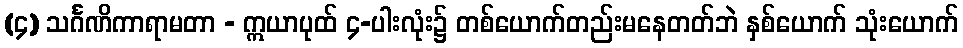
(၄) သင်္ဂဏိကာရာမတာ - ဣယာပုထ် ၄-ပါးလုံး၌ တစ်ယောက်တည်းမနေတတ်ဘဲ နှစ်ယောက် သုံးယောက်